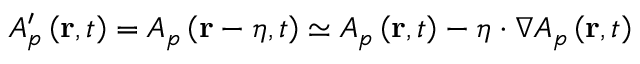
A _ { p } ^ { \prime } \left( \mathbf { r } , t \right) = A { } _ { p } \left( \mathbf { r } - \boldsymbol { \eta } , t \right) \simeq A _ { p } \left( \mathbf { r } , t \right) - \boldsymbol { \eta } \cdot \nabla A _ { p } \left( \mathbf { r } , t \right)